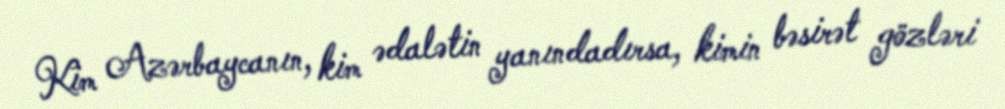
Kim Azərbaycanın, kim ədalətin yanındadırsa, kimin bəsirət gözləri